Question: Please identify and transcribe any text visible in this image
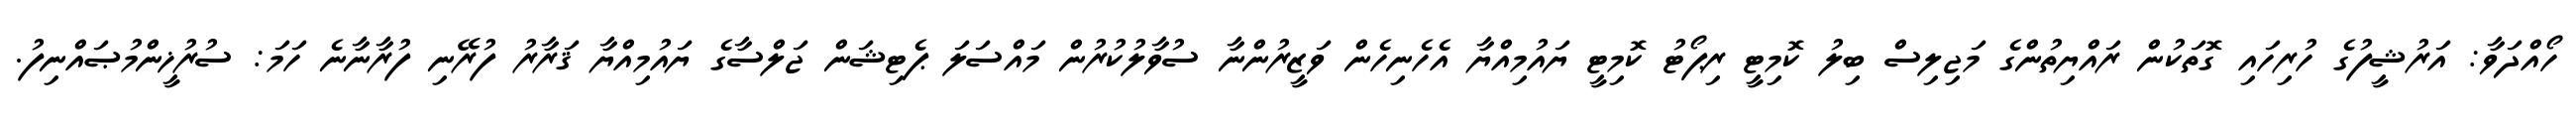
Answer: ހޯއްދަވާ: އަރުޝީފުގެ ހުރިހައި ގޮތަކުން ރައްޔިތުންގެ މަޖިލިސް ބިލު ކޮމިޓީ ރިޕޯޓު ކޮމިޓީ ޔައުމިއްޔާ އެހެނިހެން ވަޒީރުންނާ ސުވާލުކުރުން މައްސަލަ ޕެޓިޝަން ޖަލްސާގެ ޔައުމިއްޔާ ޤަރާރު ފުރޭނި ފުރާނާނެ ހަމަ: ސުރުޚީންމުޞައްނިފު.